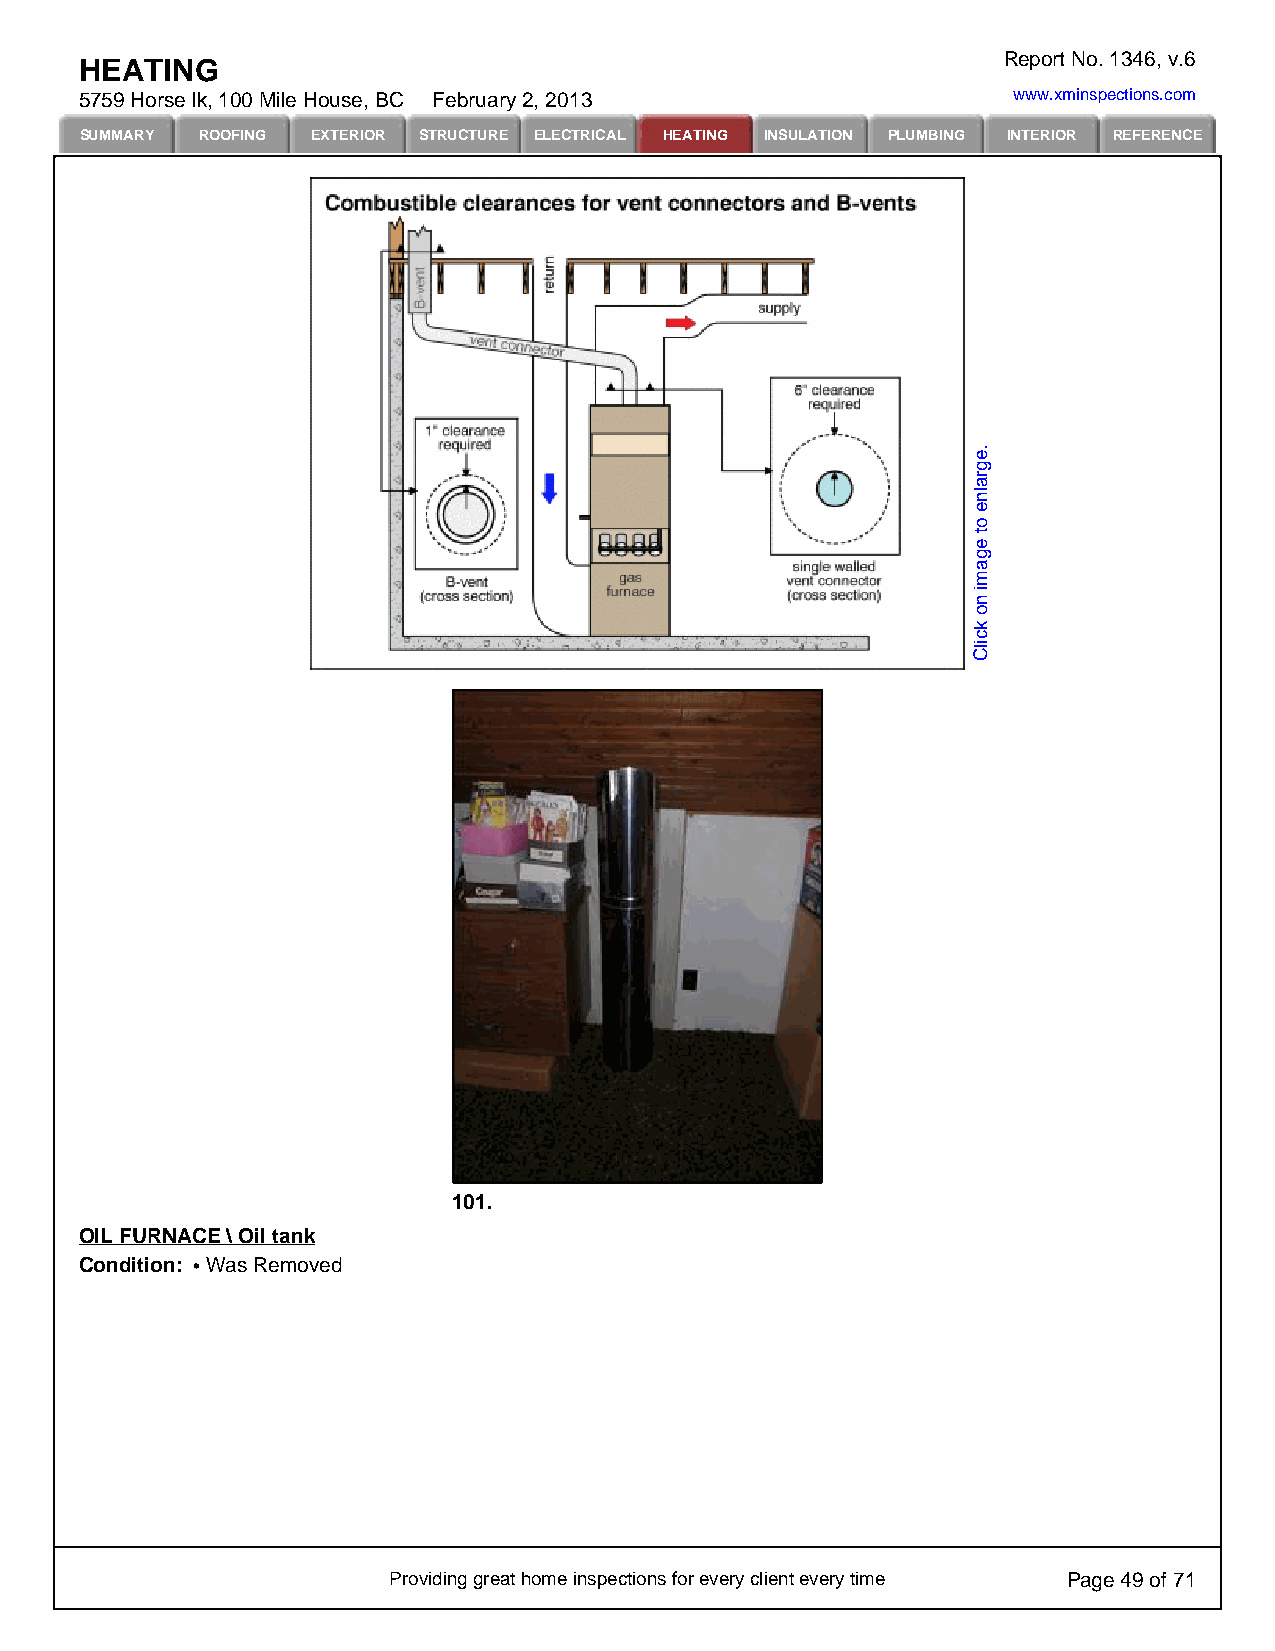
Report No. 1346, v.6
 HEATING
 5759 Horse lk, 100 Mile House, BC February 2, 2013            www.xminspections.com
 SUMMARY ROOFING EXTERIOR STRUCTURE ELECTRICAL HEATING INSULATION PLUMBING INTERIOR REFERENCE
 101.
 OIL FURNACE \ Oil tank
 Condition: Was Removed
 Providing great home inspections for every client every time Page 49 of 71
 .egralne
 ot
 egami
 no
 kcilC